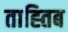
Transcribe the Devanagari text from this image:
ताह्तिब